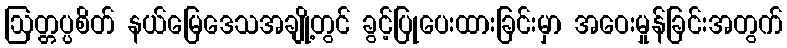
ဩတ္တပ္ပစိတ် နယ်မြေဒေသအချို့တွင် ခွင့်ပြုပေးထားခြင်းမှာ အဝေးမှုန်ခြင်းအတွက်